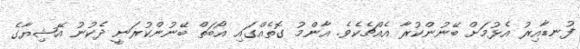
ފުނޑާއިރު އެޅުމަށް ބޭނުންކުރާ އެއްޗެކެވެ. އާންމު ގޮތެއްގައި އޯބަތް ބޭނުންކުރަނީ ދެކުނު އޭޝިޔާގެ